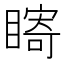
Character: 𥊘